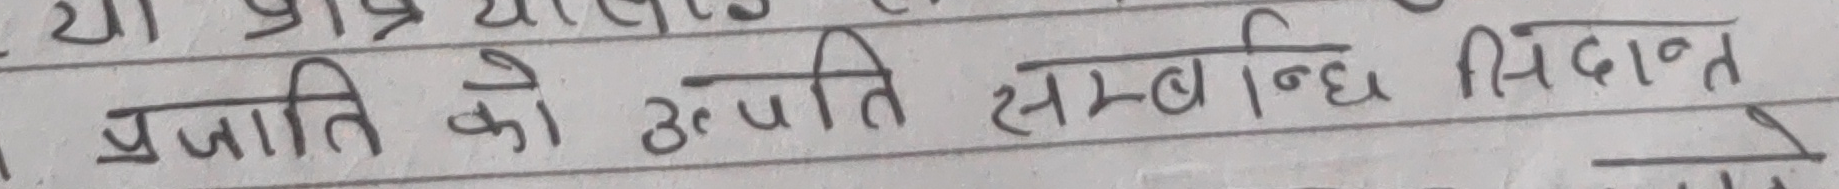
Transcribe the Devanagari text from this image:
प्रजाति को उत्पत्ति सम्बन्ध सिद्धान्त